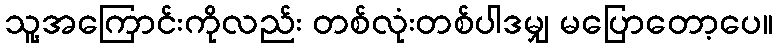
သူ့အကြောင်းကိုလည်း တစ်လုံးတစ်ပါဒမျှ မပြောတော့ပေ။